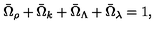
\bar { \Omega } _ { \rho } + \bar { \Omega } _ { k } + \bar { \Omega } _ { \Lambda } + \bar { \Omega } _ { \lambda } = 1 ,